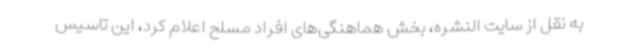
به نقل از سایت النشره، بخش هماهنگی‌های افراد مسلح اعلام کرد، این تاسیس